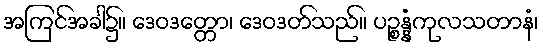
အကြင်အခါ၌။ ဒေဝဒတ္တော၊ ဒေဝဒတ်သည်။ ပဉ္စန္နံကုလသတာနံ၊